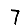
Digit: 7